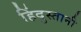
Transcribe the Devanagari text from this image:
हिंदुस्‍तानी